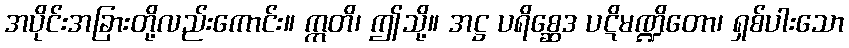
အပိုင်းအခြားတို့လည်းကောင်း။ ဣတိ၊ ဤသို့။ အဋ္ဌ ပရိစ္ဆေဒ ပဋိမဏ္ဍိတော၊ ရှစ်ပါးသော